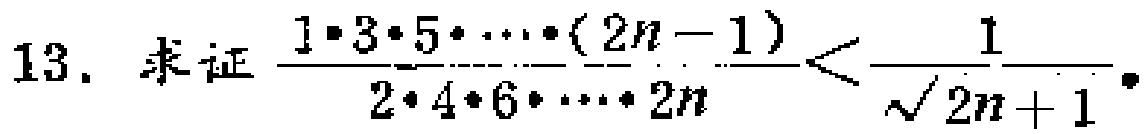
13. 求证\(\frac{1\cdot3\cdot5\cdot\cdots\cdot(2n - 1)}{2\cdot4\cdot6\cdot\cdots\cdot2n}<\frac{1}{\sqrt{2n + 1}}\)。